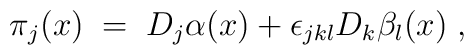
\pi_j (x) \;=\; D_j \alpha (x) + \epsilon_{j k l} D_k \beta_l (x)\;,